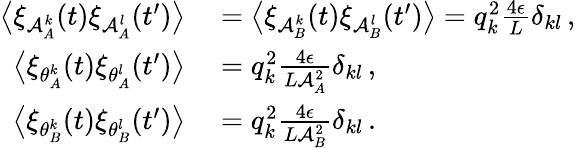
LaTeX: \begin{array}{rl}{\big\langle\xi_{\mathcal{A}_{A}^{k}}(t)\xi_{\mathcal{A}_{A}^{l}}(t^{\prime})\big\rangle}&{{}=\big\langle\xi_{\mathcal{A}_{B}^{k}}(t)\xi_{\mathcal{A}_{B}^{l}}(t^{\prime})\big\rangle=q_{k}^{2}\frac{4\epsilon}{L}\delta_{kl}\, ,}\\ {\big\langle\xi_{\theta_{A}^{k}}(t)\xi_{\theta_{A}^{l}}(t^{\prime})\big\rangle}&{{}=q_{k}^{2}\frac{4\epsilon}{L\mathcal{A}_{A}^{2}}\delta_{kl}\, ,}\\ {\big\langle\xi_{\theta_{B}^{k}}(t)\xi_{\theta_{B}^{l}}(t^{\prime})\big\rangle}&{{}=q_{k}^{2}\frac{4\epsilon}{L\mathcal{A}_{B}^{2}}\delta_{kl}\, .}\end{array}